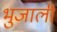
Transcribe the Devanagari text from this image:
भुजाली